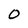
Character: O